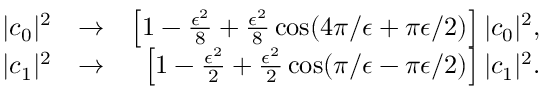
\begin{array} { r l r } { | c _ { 0 } | ^ { 2 } } & { \rightarrow } & { \left[ 1 - \frac { \epsilon ^ { 2 } } { 8 } + \frac { \epsilon ^ { 2 } } { 8 } \cos ( 4 \pi / \epsilon + \pi \epsilon / 2 ) \right] | c _ { 0 } | ^ { 2 } , } \\ { | c _ { 1 } | ^ { 2 } } & { \rightarrow } & { \left[ 1 - \frac { \epsilon ^ { 2 } } { 2 } + \frac { \epsilon ^ { 2 } } { 2 } \cos ( \pi / \epsilon - \pi \epsilon / 2 ) \right] | c _ { 1 } | ^ { 2 } . } \end{array}